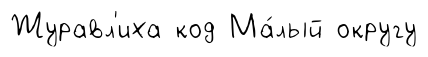
Журавл'иха код Ма́лый округу